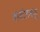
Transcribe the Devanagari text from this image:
तामीलनाडू